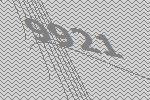
9921